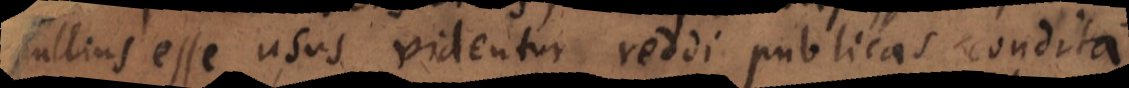
nullius esse usus videntur reddi publicas, condita